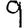
Digit: 9